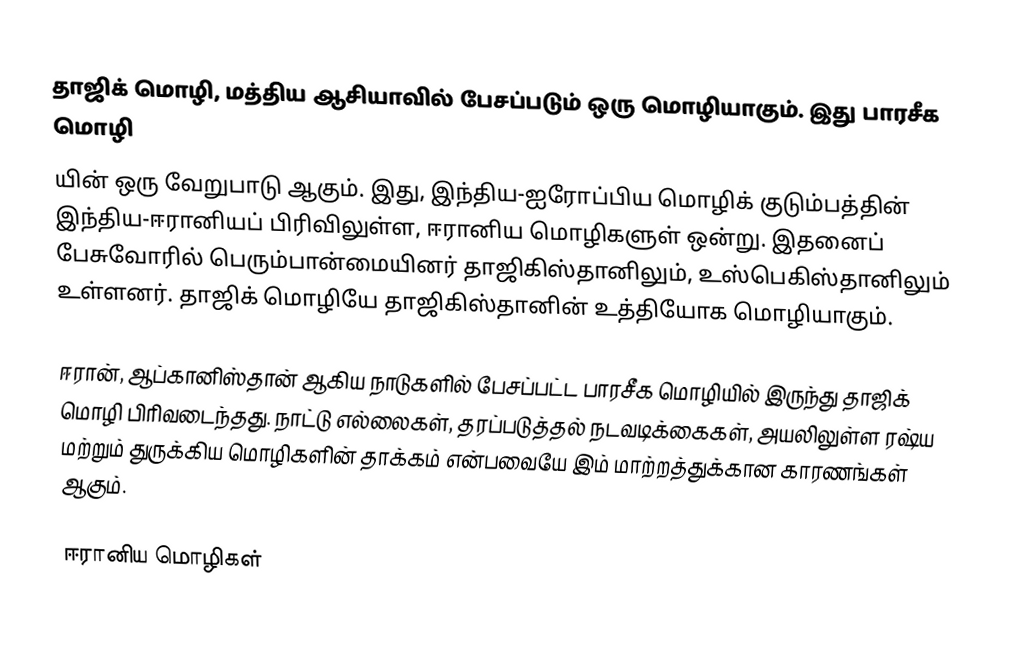
தாஜிக் மொழி, மத்திய ஆசியாவில் பேசப்படும் ஒரு மொழியாகும். இது பாரசீக மொழி
யின் ஒரு வேறுபாடு ஆகும். இது, இந்திய-ஐரோப்பிய மொழிக் குடும்பத்தின் இந்திய-ஈரானியப் பிரிவிலுள்ள, ஈரானிய மொழிகளுள் ஒன்று. இதனைப் பேசுவோரில் பெரும்பான்மையினர் தாஜிகிஸ்தானிலும், உஸ்பெகிஸ்தானிலும் உள்ளனர். தாஜிக் மொழியே தாஜிகிஸ்தானின் உத்தியோக மொழியாகும்.

ஈரான், ஆப்கானிஸ்தான் ஆகிய நாடுகளில் பேசப்பட்ட பாரசீக மொழியில் இருந்து தாஜிக் மொழி பிரிவடைந்தது. நாட்டு எல்லைகள், தரப்படுத்தல் நடவடிக்கைகள், அயலிலுள்ள ரஷ்ய மற்றும் துருக்கிய மொழிகளின் தாக்கம் என்பவையே இம் மாற்றத்துக்கான காரணங்கள் ஆகும்.

ஈரானிய மொழிகள்